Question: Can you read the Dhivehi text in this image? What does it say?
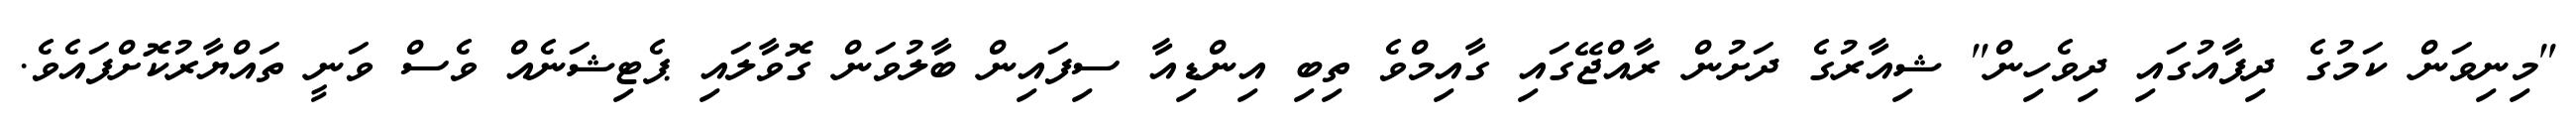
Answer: "މިނިވަން ކަމުގެ ދިފާއުގައި ދިވެހިން" ޝިއާރުގެ ދަށުން ރާއްޖޭގައި ގާއިމްވެ ތިބި އިންޑިއާ ސިފައިން ބާލުވަން ގޮވާލައި ޕެޓިޝަނެއް ވެސް ވަނީ ތައްޔާރުކޮށްފައެވެ.